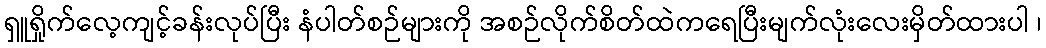
ရှူရှိုက်လေ့ကျင့်ခန်းလုပ်ပြီး နံပါတ်စဉ်များကို အစဉ်လိုက်စိတ်ထဲကရေပြီးမျက်လုံးလေးမှိတ်ထားပါ ၊